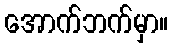
အောက်ဘက်မှာ။